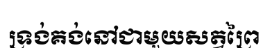
ទ្រង់គង់នៅជាមួយសត្វព្រៃ